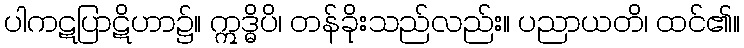
ပါကဋပြာဋိဟာ၌။ ဣဒ္ဓိပိ၊ တန်ခိုးသည်လည်း။ ပညာယတိ၊ ထင်၏။